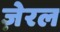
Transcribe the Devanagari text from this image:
ज़ेरल